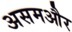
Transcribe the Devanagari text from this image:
असमऔर